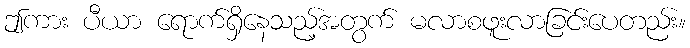
ဤကား ပီယာ ရောက်ရှိနေသည့်အတွက် မလာစဖူးလာခြင်းပေတည်း။